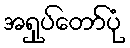
အရှုပ်တော်ပုံ